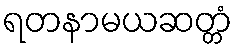
ရတနာမယဆတ္တံ